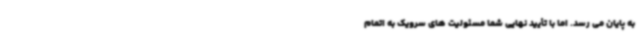
به پایان می رسد. اما با تأیید نهایی شما مسئولیت های سرویک به اتمام